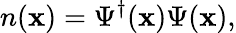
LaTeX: n(\mathbf{x})=\Psi^{\dagger}(\mathbf{x})\Psi(\mathbf{x}),